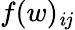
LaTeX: f(w)_{\mathit{i}j}